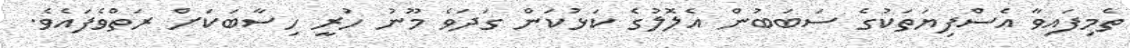
ތެމިފައިވާ އެސްފިޔަތަކުގެ ސަބަބުން އެލޮލުގެ ކަޅުކަން ގަދަވެ މޫނު ހުރީ ހިސާބަކަށް ރަތްވެފައެވެ.